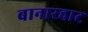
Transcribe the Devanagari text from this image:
बानारहाट